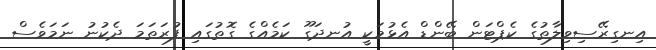
އިނގިރޭސިވިލާތުގެ ކެޕްޓަން ބޭންޑް އެޅުމަކީ އުނދަގޫ ކަމެއްގެ ގޮތުގައި ފުރަތަމަ ދެކުނު ނަމަވެސް